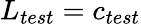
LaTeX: L_{test}=c_{test}